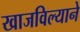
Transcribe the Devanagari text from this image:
खाजविल्याने